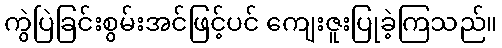
ကွဲပြဲခြင်းစွမ်းအင်ဖြင့်ပင် ကျေးဇူးပြုခဲ့ကြသည်။